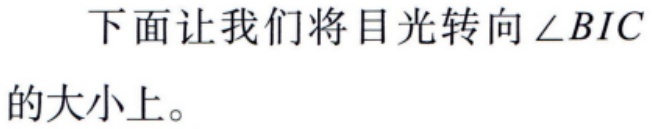
下面让我们将目光转向$\angle BIC$的大小上。